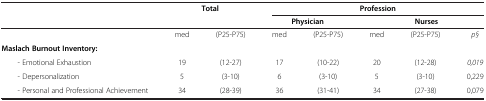
<table><thead><tr><td><b> </b></td><td colspan="2"><b>Total</b></td><td colspan="5"><b>Profession</b></td></tr><tr><td><b> </b></td><td><b> </b></td><td><b> </b></td><td colspan="2"><b>Physician</b></td><td colspan="3"><b>Nurses</b></td></tr></thead><tbody><tr><td> </td><td>med</td><td>(P25-P75)</td><td>med</td><td>(P25-P75)</td><td>med</td><td>(P25-P75)</td><td><i>p§</i></td></tr><tr><td><b>Maslach Burnout Inventory:</b></td><td> </td><td> </td><td> </td><td> </td><td> </td><td> </td><td> </td></tr><tr><td>- Emotional Exhaustion</td><td>19</td><td>(12-27)</td><td>17</td><td>(10-22)</td><td>20</td><td>(12-28)</td><td><i>0,019</i></td></tr><tr><td>- Depersonalization</td><td>5</td><td>(3-10)</td><td>6</td><td>(3-10)</td><td>5</td><td>(3-10)</td><td>0,229</td></tr><tr><td>- Personal and Professional Achievement</td><td>34</td><td>(28-39)</td><td>36</td><td>(31-41)</td><td>34</td><td>(27-38)</td><td>0,079</td></tr></tbody></table>